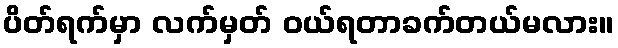
ပိတ်ရက်မှာ လက်မှတ် ဝယ်ရတာခက်တယ်မလား။